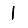
Digit: 1